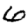
Digit: 6